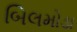
બિલમોડા